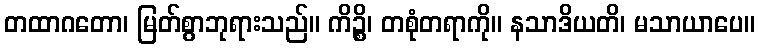
တထာဂတော၊ မြတ်စွာဘုရားသည်။ ကိဉ္စိ၊ တစုံတရာကို။ နသာဒိယတိ၊ မသာယာပေ။